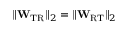
\lVert \mathbf { W } _ { \mathrm { T R } } \rVert _ { 2 } = \lVert \mathbf { W } _ { \mathrm { R T } } \rVert _ { 2 }